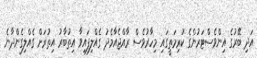
އަދި ބޭރުގެ އިންވެސްޓަރުންގެ ކުރިމަތީގައި މިހާރުވެސް ރާއްޖެއާމެދު ގެއްލިފައިވާ އިތުބާރު އިތުރަށް ގެއްލިގެންދާނެ